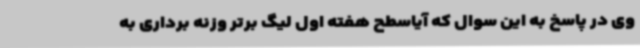
وی در پاسخ به این سوال که آیاسطح هفته اول لیگ برتر وزنه برداری به